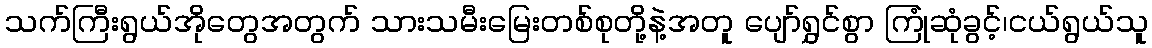
သက်ကြီးရွယ်အိုတွေအတွက် သားသမီးမြေးတစ်စုတို့နဲ့အတူ ပျော်ရွှင်စွာ ကြုံဆုံခွင့်၊ငယ်ရွယ်သူ